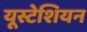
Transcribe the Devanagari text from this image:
यूस्टेशियन